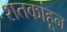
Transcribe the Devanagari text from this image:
शतकांहून